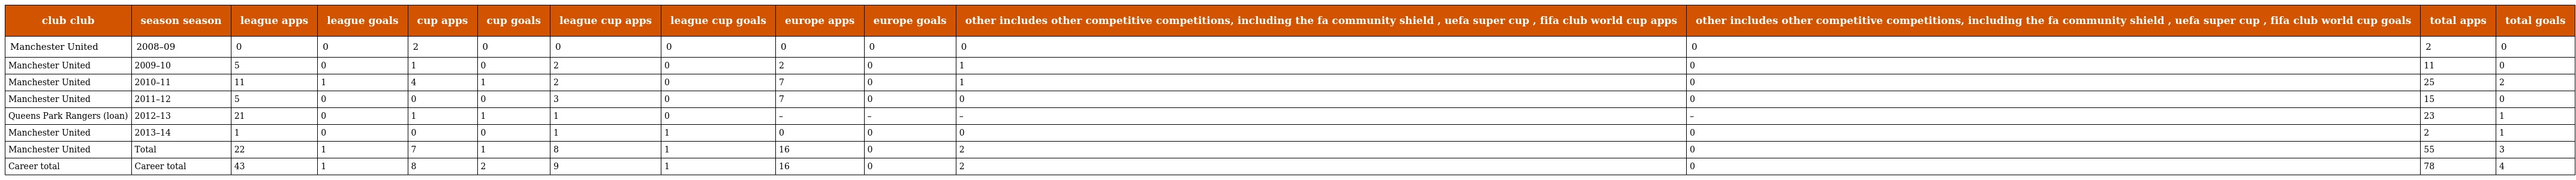
| club club | season season | league apps | league goals | cup apps | cup goals | league cup apps | league cup goals | europe apps | europe goals | other includes other competitive competitions, including the fa community shield , uefa super cup , fifa club world cup apps | other includes other competitive competitions, including the fa community shield , uefa super cup , fifa club world cup goals | total apps | total goals |
 | --- | --- | --- | --- | --- | --- | --- | --- | --- | --- | --- | --- | --- | --- |
 | Manchester United | 2008–09 | 0 | 0 | 2 | 0 | 0 | 0 | 0 | 0 | 0 | 0 | 2 | 0 |
 | Manchester United | 2009–10 | 5 | 0 | 1 | 0 | 2 | 0 | 2 | 0 | 1 | 0 | 11 | 0 |
 | Manchester United | 2010–11 | 11 | 1 | 4 | 1 | 2 | 0 | 7 | 0 | 1 | 0 | 25 | 2 |
 | Manchester United | 2011–12 | 5 | 0 | 0 | 0 | 3 | 0 | 7 | 0 | 0 | 0 | 15 | 0 |
 | Queens Park Rangers (loan) | 2012–13 | 21 | 0 | 1 | 1 | 1 | 0 | – | – | – | – | 23 | 1 |
 | Manchester United | 2013–14 | 1 | 0 | 0 | 0 | 1 | 1 | 0 | 0 | 0 | 0 | 2 | 1 |
 | Manchester United | Total | 22 | 1 | 7 | 1 | 8 | 1 | 16 | 0 | 2 | 0 | 55 | 3 |
 | Career total | Career total | 43 | 1 | 8 | 2 | 9 | 1 | 16 | 0 | 2 | 0 | 78 | 4 |